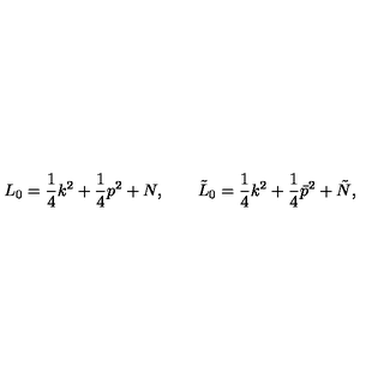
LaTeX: L _ { 0 } = \frac { 1 } { 4 } k ^ { 2 } + \frac { 1 } { 4 } p ^ { 2 } + N , \qquad \tilde { L } _ { 0 } = \frac { 1 } { 4 } k ^ { 2 } + \frac { 1 } { 4 } \bar { p } ^ { 2 } + \tilde { N } ,